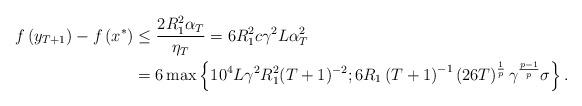
LaTeX: \begin{align*}f\left(y_{T+1}\right)-f\left(x^{*}\right) & \le\frac{2R_{1}^{2}\alpha_{T}}{\eta_{T}}=6R_{1}^{2}c\gamma^{2}L\alpha_{T}^{2}\\ & =6\max\left\{ 10^{4}L\gamma^{2}R_{1}^{2}(T+1)^{-2};6R_{1}\left(T+1\right)^{-1}\left(26T\right)^{\frac{1}{p}}\gamma^{\frac{p-1}{p}}\sigma\right\} .\end{align*}